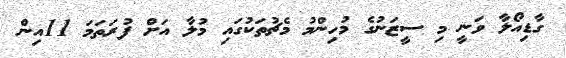
ގާޑިއޯލާ ވަނީ މި ސީޒަނުގެ މުހިންމު މެޗުތަކުގައި މުލާ އަށް ފުރަތަމަ 11އިން